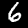
Digit: 6